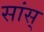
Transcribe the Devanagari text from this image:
सांस्